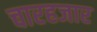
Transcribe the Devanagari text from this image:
चारहजार